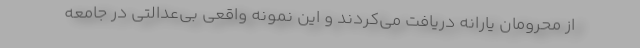
از محرومان یارانه دریافت می‌کردند و این نمونه واقعی بی‌عدالتی در جامعه